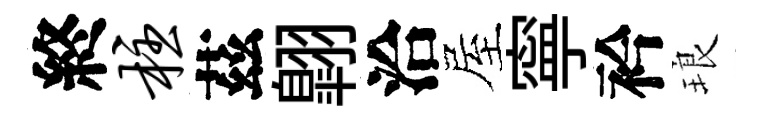
終柱茲翺洽屋寧衿琅